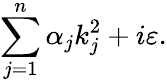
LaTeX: \sum_{j=1}^{n}\alpha_{j}k_{j}^{2}+i\varepsilon.